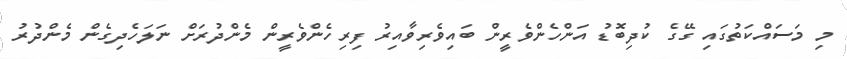
މި މަސައްކަތުގައި ގޭގެ ކުދިބޮޑު އަންހެންވެރީން ބައިވެރިވާއިރު ފިރިހެންވެރީން މެންދުރަށް ނަލަހެދިގެން މެންދުރު